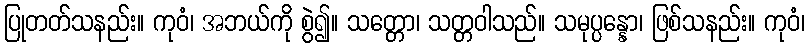
ပြုတတ်သနည်း။ ကုဝံ၊ အဘယ်ကို စွဲ၍။ သတ္တော၊ သတ္တဝါသည်။ သမုပ္ပန္နော၊ ဖြစ်သနည်း။ ကုဝံ၊